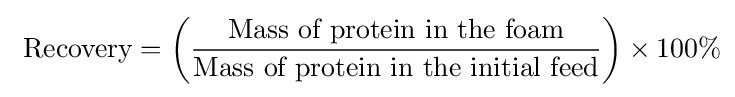
{\text{ Recovery}}=\left({\frac {\text{Mass of protein in the foam}}{\text{Mass of protein in the initial feed}}}\right)\times 100\%